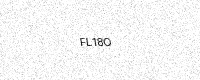
Text: FL18O